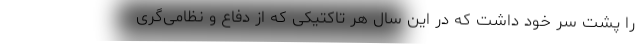
را پشت سر خود داشت که در این سال هر تاکتیکی که از دفاع و نظامی‌گری